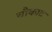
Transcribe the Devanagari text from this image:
चौकाट